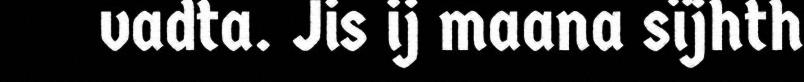
vadta. Jis ij maana sïjhth